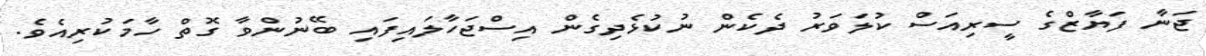
ޖަނާ ފަޔާޒްގެ ސީރިއަސް ކުލަވަރު ދެކެން ނުކުޅެދިގެން އިސްޖަހާލައިފައި ބޭނުންވާ ގޮތް ހާމަކުރިއެވެ.